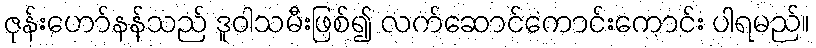
ဇုန်းဟော်နန်သည် ဒူဝါသမီးဖြစ်၍ လက်ဆောင်ကောင်းကောင်း ပါရမည်။